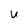
Character: U